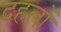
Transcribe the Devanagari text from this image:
दहलों